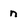
Character: n